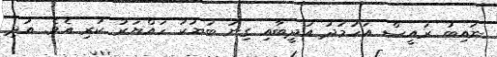
ނައިބު ރައީސް އަހުމަދު އަދީބާއި ގިނަ ބަޔަކު ހައްޔަރު ކުރި އެވެ. އަދި